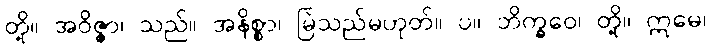
တို့။ အဝိဇ္ဇာ၊ သည်။ အနိစ္စာ၊ မြဲသည်မဟုတ်။ ပ။ ဘိက္ခဝေ၊ တို့။ ဣမေ၊